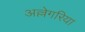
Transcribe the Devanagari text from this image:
अल्लेगरिया